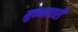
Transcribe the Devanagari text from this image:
मुन्नाधारी